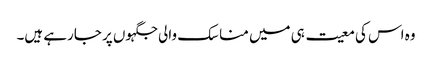
وہ اس کی معیت ہی میں مناسک والی جگہوں پر جارہے ہیں۔